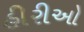
હીરીઓ